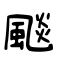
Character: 颷